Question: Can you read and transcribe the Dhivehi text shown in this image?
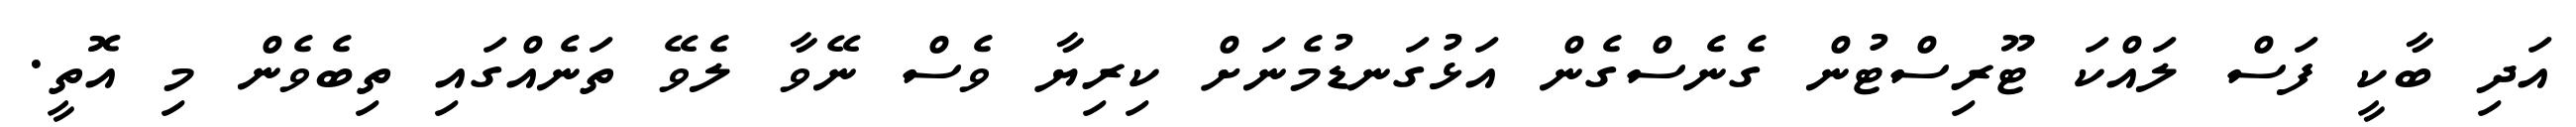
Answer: އަދި ބާކީ ފަސް ލައްކަ ޓޫރިސްޓުން ގެނެސްގެން އަޅުގަނޑުމެނަށް ކިރިޔާ ވެސް ނޭވާ ލެވޭ ތަނެއްގައި ތިބެވެން މި އޮތީ.